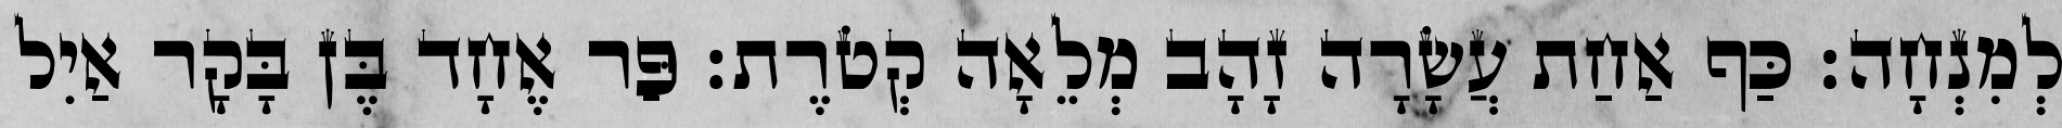
לְמִנְחָה׃ כַּף אַחַת עֲשָׂרָה זָהָב מְלֵאָה קְטֹרֶת׃ פַּר אֶחָד בֶּן בָּקָר אַיִל